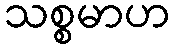
သစ္စမာဟ